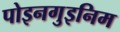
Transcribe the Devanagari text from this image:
पोइनगुइनिम